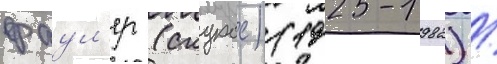
фаул'ер (скурас) (1925-1982) /